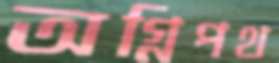
অগ্নিপথ